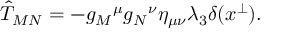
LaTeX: \hat { T } _ { M N } = - g _ { M } { } ^ { \mu } g _ { N } { } ^ { \nu } \eta _ { \mu \nu } \lambda _ { 3 } \delta ( x ^ { \perp } ) .